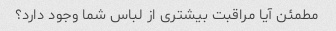
مطمئن آیا مراقبت بیشتری از لباس شما وجود دارد؟